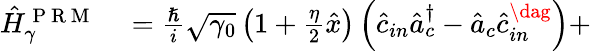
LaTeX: \begin{array}{rl}{\hat{H}_{\gamma}^{\mathrm{~P~R~M~}}}&{{}=\frac{\hslash}{i}\sqrt{\gamma_{0}}\left(1+\frac{\eta}{2}\hat{x}\right)\left(\hat{c}_{in}\hat{a}_{c}^{\dagger}-\hat{a}_{c}\hat{c}_{in}^{\dag}\right)+}\end{array}